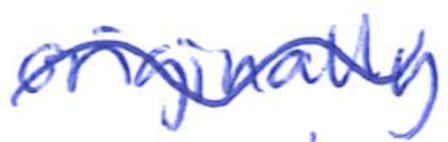
Text: originally
Cross-out: mix
Writing tool: ballpoint